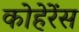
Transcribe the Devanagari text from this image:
कोहेरेंस